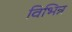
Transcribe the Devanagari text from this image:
विभिन्न